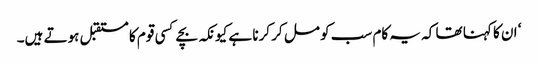
‘ ان کا کہنا تھا کہ یہ کام سب کو مل کر کرنا ہے کیونکہ بچے کسی قوم کا مستقبل ہوتے ہیں۔